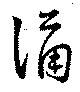
踊